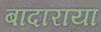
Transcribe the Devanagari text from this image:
बांदाराया